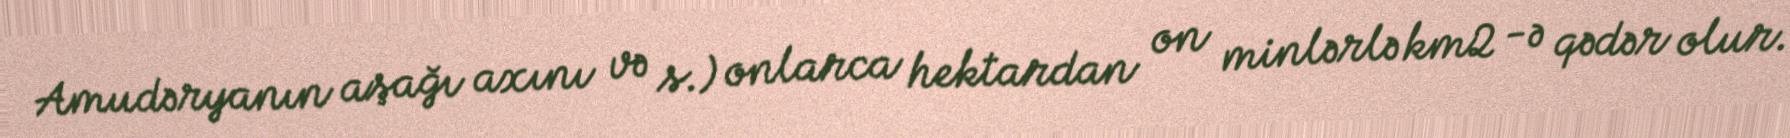
Amudəryanın aşağı axını və s.) onlarca hektardan on minlərlə km2 -ə qədər olur.